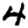
Digit: 4